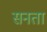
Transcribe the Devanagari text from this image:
सनता